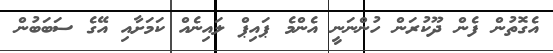
އެގޮތުން ފެން ދޫކުރަން ހުންނަނީ އެންމެ ޕައިޕް ލައިނެއް ކަމަށާއި އޭގެ ސަބަބުން